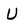
Character: U